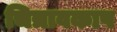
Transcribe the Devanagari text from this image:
चित्रावकाष